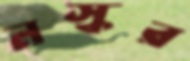
নস্কর